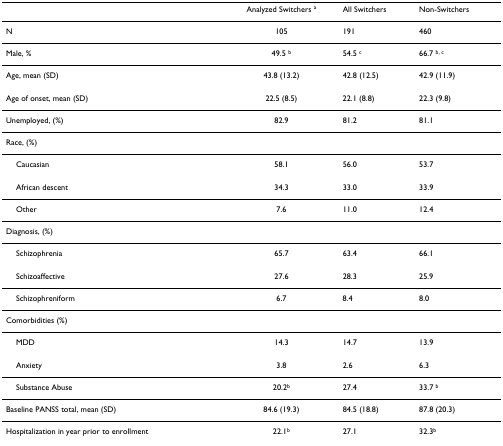
|  | Analyzed Switchers a | All Switchers | Non-Switchers |
 | --- | --- | --- | --- |
 | N | 105 | 191 | 460 |
 | Male, % | 49.5 b | 54.5 c | 66.7 b, c |
 | Age, mean (SD) | 43.8 (13.2) | 42.8 (12.5) | 42.9 (11.9) |
 | Age of onset, mean (SD) | 22.5 (8.5) | 22.1 (8.8) | 22.3 (9.8) |
 | Unemployed, (%) | 82.9 | 81.2 | 81.1 |
 | Race, (%) |  |  |  |
 | Caucasian | 58.1 | 56.0 | 53.7 |
 | African descent | 34.3 | 33.0 | 33.9 |
 | Other | 7.6 | 11.0 | 12.4 |
 | Diagnosis, (%) |  |  |  |
 | Schizophrenia | 65.7 | 63.4 | 66.1 |
 | Schizoaffective | 27.6 | 28.3 | 25.9 |
 | Schizophreniform | 6.7 | 8.4 | 8.0 |
 | Comorbidities (%) |  |  |  |
 | MDD | 14.3 | 14.7 | 13.9 |
 | Anxiety | 3.8 | 2.6 | 6.3 |
 | Substance Abuse | 20.2b | 27.4 | 33.7 b |
 | Baseline PANSS total, mean (SD) | 84.6 (19.3) | 84.5 (18.8) | 87.8 (20.3) |
 | Hospitalization in year prior to enrollment | 22.1b | 27.1 | 32.3b |